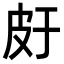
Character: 𤿍